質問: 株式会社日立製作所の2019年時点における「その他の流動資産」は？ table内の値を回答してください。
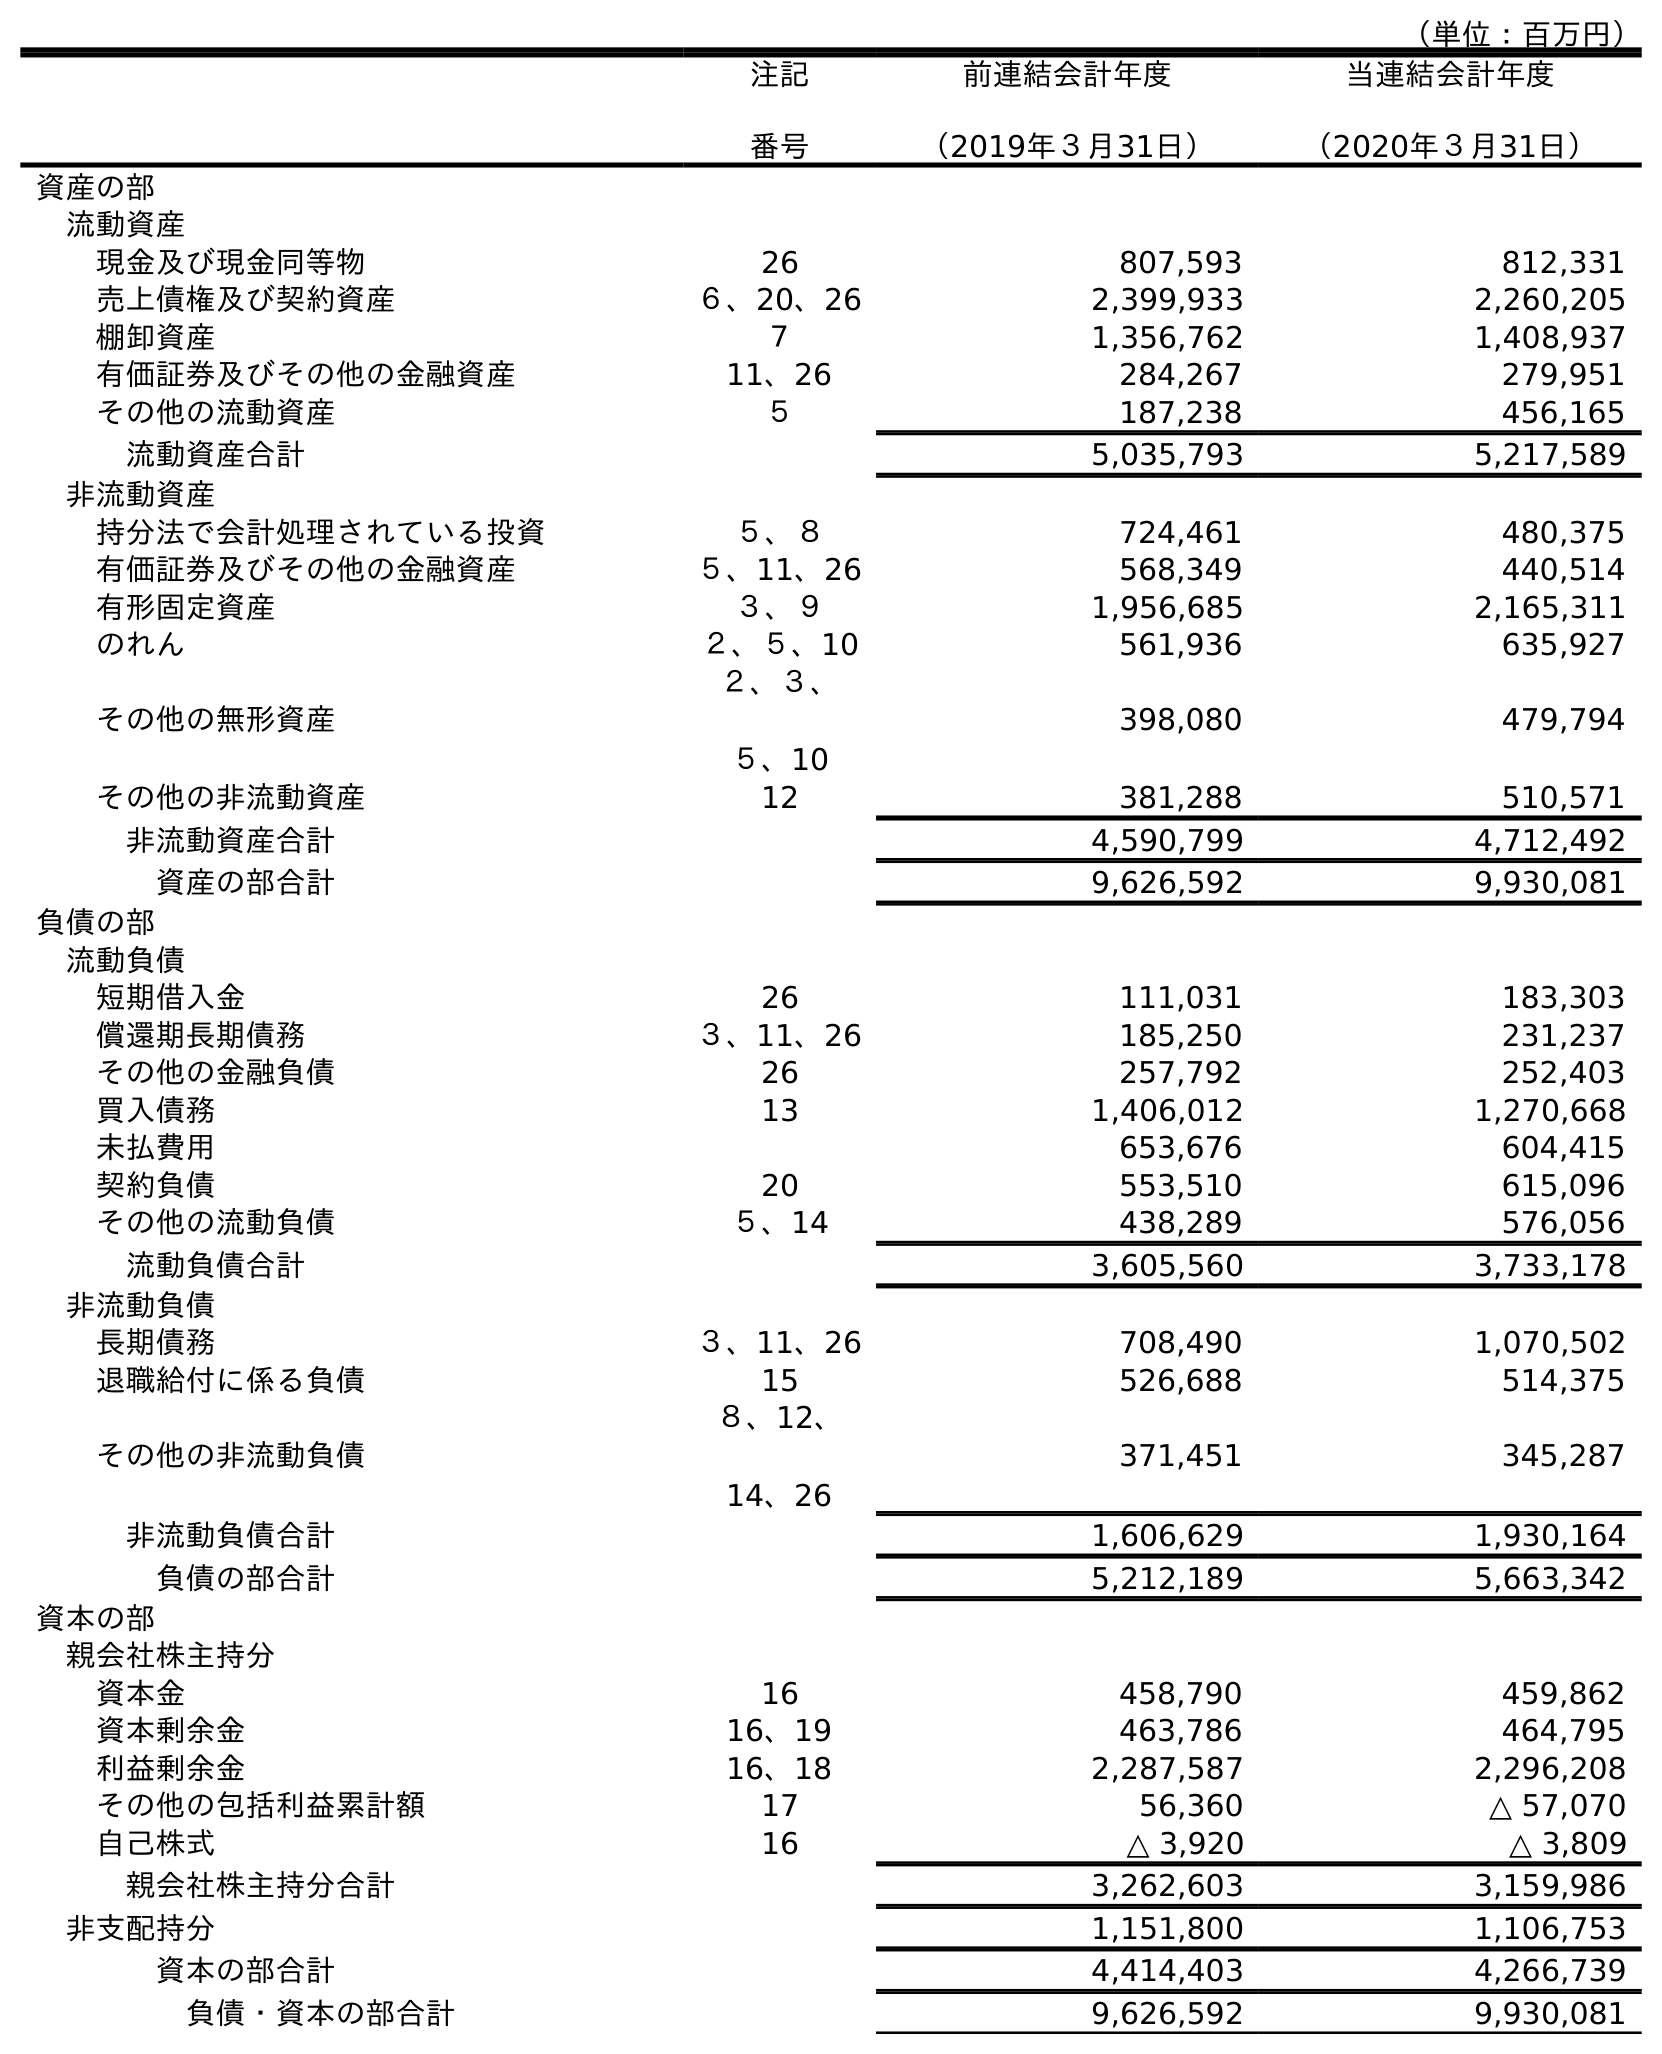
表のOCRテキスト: （単位：百万円） 注記 番号 前連結会計年度 （2019年３月31日） 当連結会計年度 （2020年３月31日） 資産の部 流動資産 現金及び現金同等物 26 807,593 812,331 売上債権及び契約資産 ６、20、26 2,399,933 2,260,205 棚卸資産 ７ 1,356,762 1,408,937 有価証券及びその他の金融資産 11、26 284,267 279,951 その他の流動資産 ５ 187,238 456,165 流動資産合計 5,035,793 5,217,589 非流動資産 持分法で会計処理されている投資 ５、８ 724,461 480,375 有価証券及びその他の金融資産 ５、11、26 568,349 440,514 有形固定資産 ３、９ 1,956,685 2,165,311 のれん ２、５、10 561,936 635,927 その他の無形資産 ２、３、 ５、10 398,080 479,794 その他の非流動資産 12 381,288 510,571 非流動資産合計 4,590,799 4,712,492 資産の部合計 9,626,592 9,930,081 負債の部 流動負債 短期借入金 26 111,031 183,303 償還期長期債務 ３、11、26 185,250 231,237 その他の金融負債 26 257,792 252,403 買入債務 13 1,406,012 1,270,668 未払費用 653,676 604,415 契約負債 20 553,510 615,096 その他の流動負債 ５、14 438,289 576,056 流動負債合計 3,605,560 3,733,178 非流動負債 長期債務 ３、11、26 708,490 1,070,502 退職給付に係る負債 15 526,688 514,375 その他の非流動負債 ８、12、 14、26 371,451 345,287 非流動負債合計 1,606,629 1,930,164 負債の部合計 5,212,189 5,663,342 資本の部 親会社株主持分 資本金 16 458,790 459,862 資本剰余金 16、19 463,786 464,795 利益剰余金 16、18 2,287,587 2,296,208 その他の包括利益累計額 17 56,360 △ 57,070 自己株式 16 △ 3,920 △ 3,809 親会社株主持分合計 3,262,603 3,159,986 非支配持分 1,151,800 1,106,753 資本の部合計 4,414,403 4,266,739 負債・資本の部合計 9,626,592 9,930,081
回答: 187,238